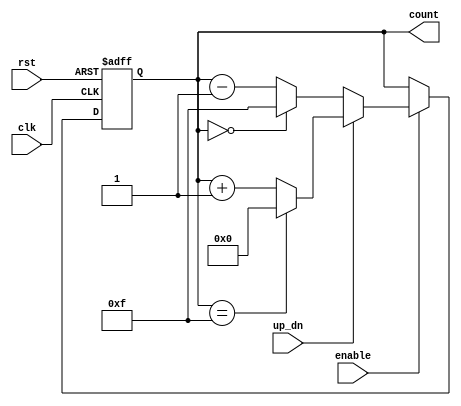
module UpDownCounter (
    input wire clk,        // Clock signal
    input wire rst,        // Asynchronous reset signal
    input wire up_dn,      // Control signal for counting direction
    input wire enable,     // Enable signal for counting
    output reg [3:0] count // 4-bit count output
);

    // Asynchronous reset and counting logic
    always @(posedge clk or posedge rst) begin
        if (rst) begin
            count <= 4'b0000; // Reset the counter to 0
        end else if (enable) begin
            if (up_dn) begin
                // Count up
                if (count == 4'b1111) begin
                    count <= 4'b0000; // Wrap around to 0
                end else begin
                    count <= count + 1; // Increment the count
                end
            end else begin
                // Count down
                if (count == 4'b0000) begin
                    count <= 4'b1111; // Wrap around to max value
                end else begin
                    count <= count - 1; // Decrement the count
                end
            end
        end
    end

endmodule